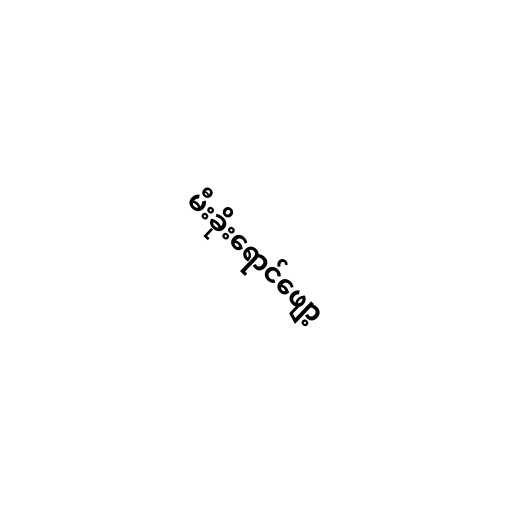
မီးခိုးရောင်ဖျော့